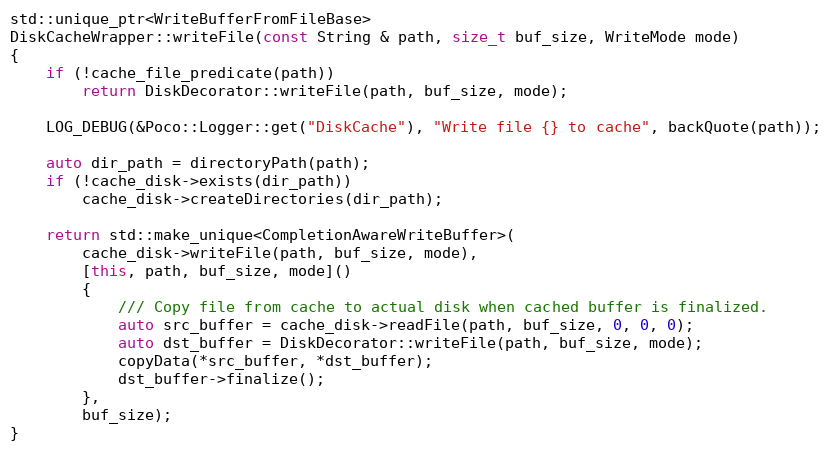
Language: C++
std::unique_ptr<WriteBufferFromFileBase>
DiskCacheWrapper::writeFile(const String & path, size_t buf_size, WriteMode mode)
{
    if (!cache_file_predicate(path))
        return DiskDecorator::writeFile(path, buf_size, mode);

    LOG_DEBUG(&Poco::Logger::get("DiskCache"), "Write file {} to cache", backQuote(path));

    auto dir_path = directoryPath(path);
    if (!cache_disk->exists(dir_path))
        cache_disk->createDirectories(dir_path);

    return std::make_unique<CompletionAwareWriteBuffer>(
        cache_disk->writeFile(path, buf_size, mode),
        [this, path, buf_size, mode]()
        {
            /// Copy file from cache to actual disk when cached buffer is finalized.
            auto src_buffer = cache_disk->readFile(path, buf_size, 0, 0, 0);
            auto dst_buffer = DiskDecorator::writeFile(path, buf_size, mode);
            copyData(*src_buffer, *dst_buffer);
            dst_buffer->finalize();
        },
        buf_size);
}